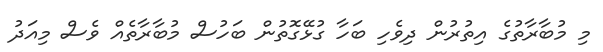
މި މުބާރާތުގެ އިތުރުން ދިވެހި ބަހާ ގުޅޭގޮތުން ބަހުސް މުބާރާތެއް ވެސް މިއަދު